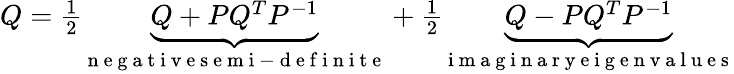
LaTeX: \begin{array}{r}{Q=\frac{1}{2}\underbrace{Q+PQ^{T}P^{-1}}_{\mathrm{~n~e~g~a~t~i~v~e~s~e~m~i~-~d~e~f~i~n~i~t~e~}}+\frac{1}{2}\underbrace{Q-PQ^{T}P^{-1}}_{\mathrm{~i~m~a~g~i~n~a~r~y~e~i~g~e~n~v~a~l~u~e~s~}}}\end{array}